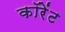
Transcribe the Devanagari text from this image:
कॉरेंट